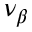
\nu _ { \beta }